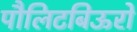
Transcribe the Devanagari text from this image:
पौलिटबिऊरो